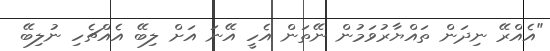
"އެއްރޭ ނިދަން ތައްޔާރުވަމުން ނޭތަން އެހީ އޭނަ އަށް ލިބޭ އެއްޗެހި ނުލިބޭ